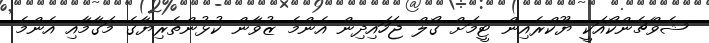
ޝެވްޗެންކޯއަކީ ޔޫކްރެއިން ޓީމަށް ގޯލް ޖަހައިދިން އެންމެ ޒުވާން ކުޅުންތެރިޔާގެ މަގާމާއި އެންމެ